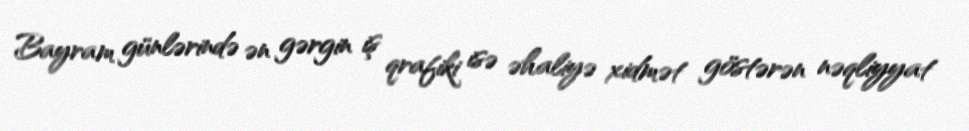
Bayram günlərində ən gərgin iş qrafiki isə əhaliyə xidmət göstərən nəqliyyat